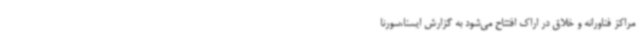
مراکز فناورانه و خلاق در اراک افتتاح می‌شود به گزارش ایسنا،سورنا